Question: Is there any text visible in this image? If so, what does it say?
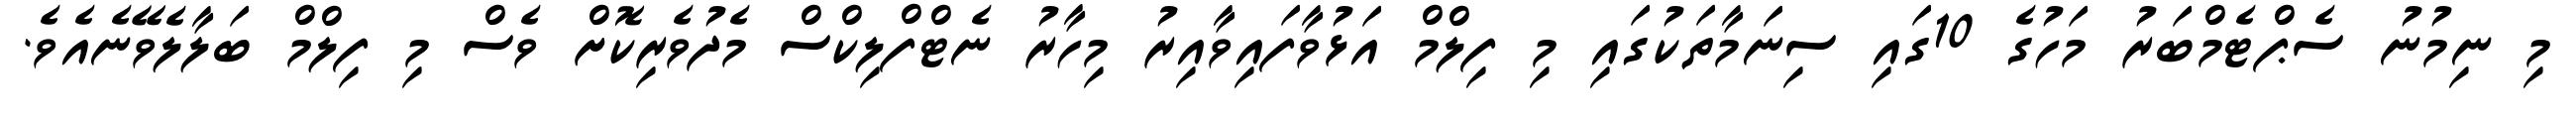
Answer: މި ނިމުނު ސެޕްޓެމްބަރު މަހުގެ 10ގައި ސިނަމާތަކުގައި މި ފިލްމް އަޅުވާފައިވާއިރު މިހާރު ނެޓްފްލިކްސް މެދުވެރިކޮށް ވެސް މި ފިލްމް ބަލާލެވޭނެއެވެ.